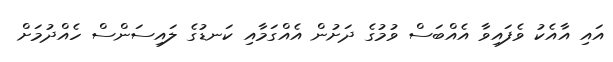
އައި އާއެކު ވެފައިވާ އެއްބަސް ވުމުގެ ދަށުން އެއްގަމާއި ކަނޑުގެ ލައިސަންސް ހެއްދުމަށް